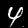
Label: 4